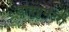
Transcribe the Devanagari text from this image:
डॉक्य़ुमेंटरी